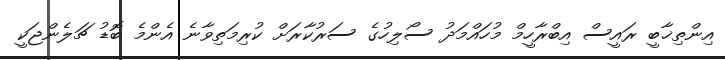
އިންތިޚާބީ ރައީސް އިބްރާހީމް މުހައްމަދު ސޯލިހުގެ ސަރުކާރަށް ކުރިމަތިވާނެ އެންމެ ބޮޑު ޗަލެންޖަކީ